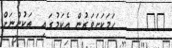
٧٧      ހަމަކަށަވަރުން އެކަމުގައި  ތަކުންނަށް